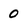
Character: 0